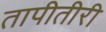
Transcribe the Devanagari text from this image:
तापीतीरी